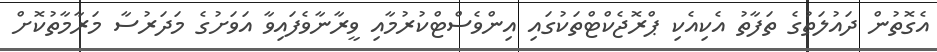
އެގޮތުން ދައުލަތުގެ ތަފާތު އެކިއެކި ޕްރޮޖެކްޓްތަކުގައި އިންވެސްޓްކުރުމާއި ވީރާނާވެފައިވާ އަވަށުގެ މަދަރުސާ މަރާމާތުކޮށް